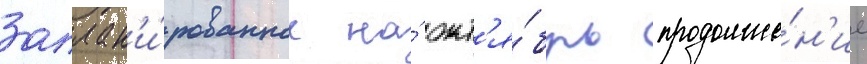
Заплан'и́рованное на́ окт'я́брь продолже́н'ие